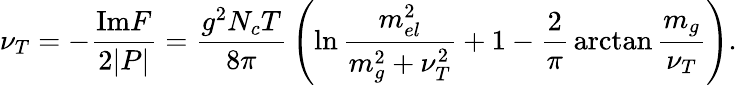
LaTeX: \nu_{T}=-{\frac{\mathrm{Im}F}{2\vert P\vert}}={\frac{g^{2}N_{c}T}{8\pi}}\left(\ln{\frac{m_{el}^{2}}{m_{g}^{2}+\nu_{T}^{2}}}+1-{\frac{2}{\pi}}\arctan{\frac{m_{g}}{\nu_{T}}}\right).